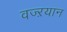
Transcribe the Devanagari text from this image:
वज्ऱयान